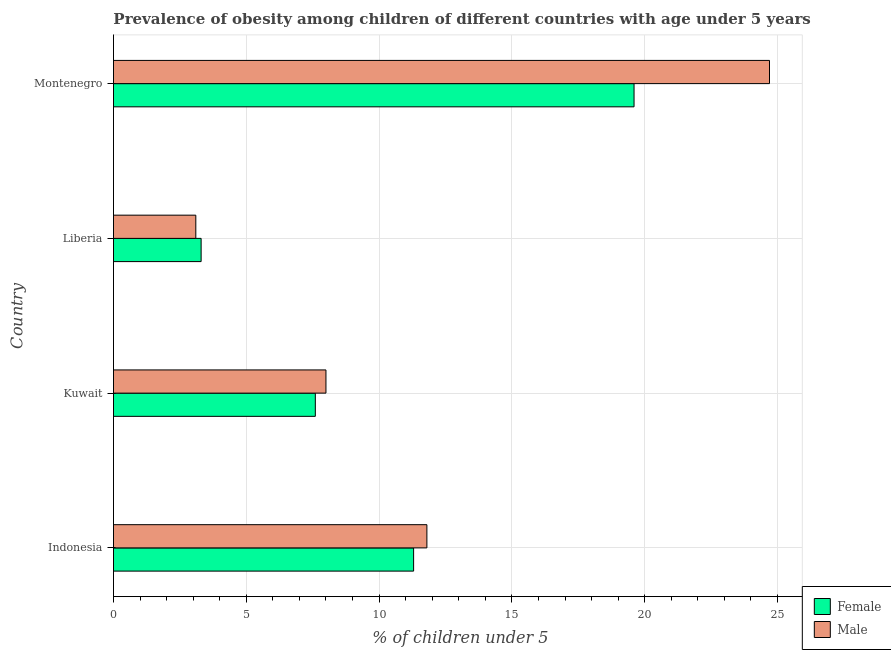
| Country | Female | Male |
 | --- | --- | --- |
 | Indonesia | 11.3 | 11.8 |
 | Kuwait | 7.6 | 8 |
 | Liberia | 3.3 | 3.1 |
 | Montenegro | 19.6 | 24.7 |